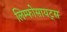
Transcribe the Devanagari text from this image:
लिम्फोसायट्स